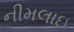
નીમલાઇ